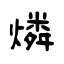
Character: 燐